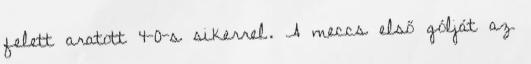
felett aratott 4-0-s sikerrel. A meccs első gólját az